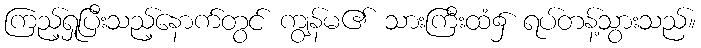
ကြည့်ရှုပြီးသည့်နောက်တွင် ကျွန်မ၏ သားကြီးထံ၌ ရပ်တန့်သွားသည်။